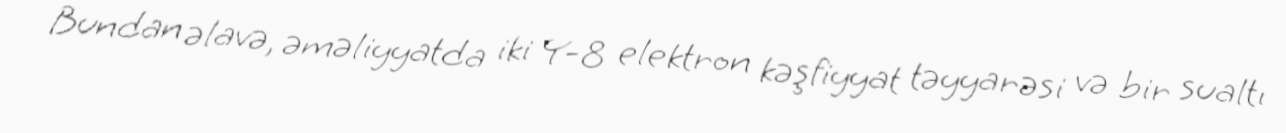
Bundan əlavə, əməliyyatda iki Y-8 elektron kəşfiyyat təyyarəsi və bir sualtı